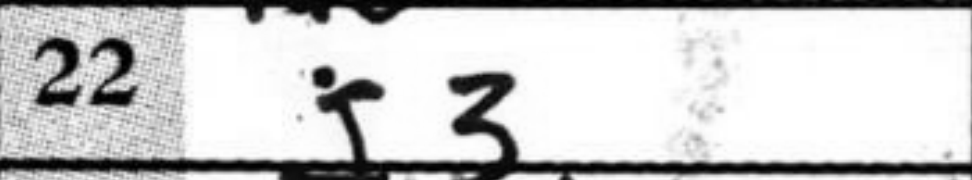
Transcription: g3